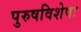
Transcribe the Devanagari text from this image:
पुरुषविशेषः